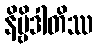
နိဗ္ဗိဒါတိဿ